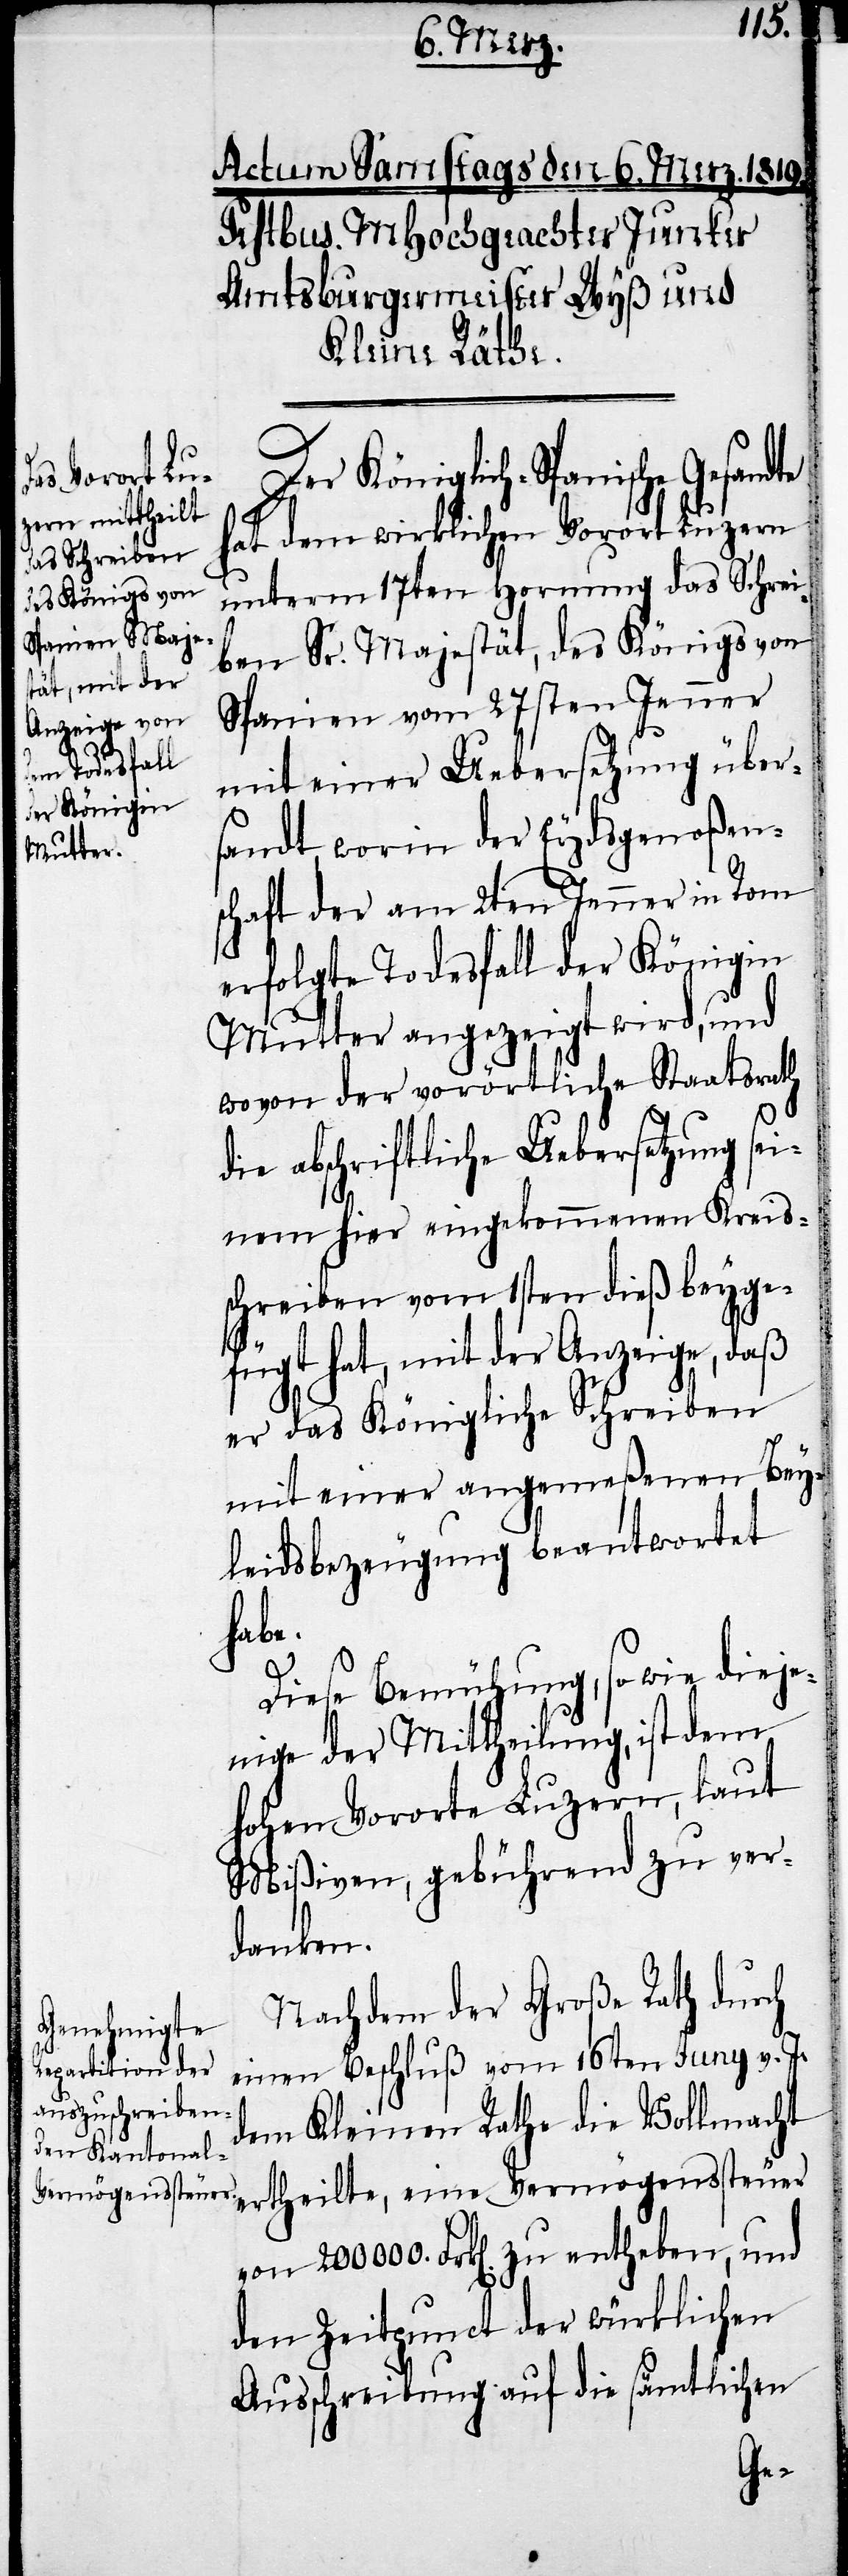
Der Königlich-Spanische Gesandte
hat dem wirklichen Vorort Luzern
unterm 17ten Hornung das Schrei¬
ben Sr. Majestät, des Königs von
Spanien vom 27sten Jenner
mit einer Uebersetzung über¬
sandt, worin der Eydsgenoßen¬
schaft der am 2ten Jenner in Rom
erfolgte Todesfall der Königin
Mutter angezeigt wird, und
wovon der vorörtliche Staatsrath
die abschriftliche Uebersetzung sei¬
nem hier eingekommenen Kreis¬
schreiben vom 1sten dieß beyge¬
fügt hat, mit der Anzeige, daß
er das Königliche Schreiben
mit einer angemeßenen Bey¬
leidsbezeugung beantwortet
habe.
Diese Bemühung, so wie dieje¬
nige der Mittheilung, ist dem
hohen Vororte Luzern, laut
Mißiven, gebührend zu ver¬
danken.
Nachdem der Große Rath durch
einen Beschluß vom 16ten Juny v. J.
dem Kleinen Rathe die Vollmacht
ertheilte, eine Vermögenssteuer
von 200000. Frk[en]. zu entgeben, und
den Zeitpunct der würklichen
Ausschreibung auf die sämtlichen